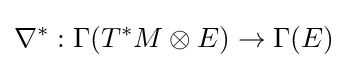
\nabla ^{*}:\Gamma (T^{*}M\otimes E)\rightarrow \Gamma (E)